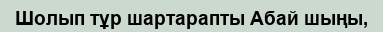
Шолып тұр шартарапты Абай шыңы,